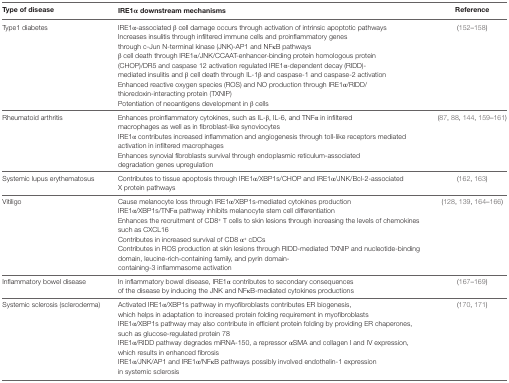
<table><thead><tr><td><b>Type of disease</b></td><td><b>IRE1α downstream mechanisms</b></td><td><b>Reference</b></td></tr></thead><tbody><tr><td>Type1 diabetes</td><td>IRE1α-associated β cell damage occurs through activation of intrinsic apoptotic pathwaysIncreases insulitis through infiltered immune cells and proinflammatory genes through c-Jun N-terminal kinase (JNK)-AP1 and NFκB pathwaysβ cell death through IRE1α/JNK/CCAAT-enhancer-binding protein homologous protein (CHOP)/DR5 and caspase 12 activation regulated IRE1α-dependent decay (RIDD)-mediated insulitis and β cell death through IL-1β and caspase-1 and caspase-2 activationEnhanced reactive oxygen species (ROS) and NO production through IRE1α/RIDD/thioredoxin-interacting protein (TXNIP)Potentiation of neoantigens development in β cells</td><td>(152–158)</td></tr><tr><td>Rheumatoid arthritis</td><td>Enhances proinflammatory cytokines, such as IL-β, IL-6, and TNFα in infiltered macrophages as well as in fibroblast-like synoviocytesIRE1α contributes increased inflammation and angiogenesis through toll-like receptors mediated activation in infiltered macrophagesEnhances synovial fibroblasts survival through endoplasmic reticulum-associated degradation genes upregulation</td><td>(87, 88, 144, 159–161)</td></tr><tr><td>Systemic lupus erythematosus</td><td>Contributes to tissue apoptosis through IRE1α/XBP1s/CHOP and IRE1α/JNK/Bcl-2-associated X protein pathways</td><td>(162, 163)</td></tr><tr><td>Vitiligo</td><td>Cause melanocyte loss through IRE1α/XBP1s-mediated cytokines productionIRE1α/XBP1s/TNFα pathway inhibits melanocyte stem cell differentiationEnhances the recruitment of CD8<sup>+</sup> T cells to skin lesions through increasing the levels of chemokines such as CXCL16Contributes in increased survival of CD8 α<sup>+</sup> cDCsContributes in ROS production at skin lesions through RIDD-mediated TXNIP and nucleotide-binding domain, leucine-rich-containing family, and pyrin domain-containing-3 inflammasome activation</td><td>(128, 139, 164–166)</td></tr><tr><td>Inflammatory bowel disease</td><td>In inflammatory bowel disease, IRE1α contributes to secondary consequences of the disease by inducing the JNK and NFκB-mediated cytokines productions</td><td>(167–169)</td></tr><tr><td>Systemic sclerosis (scleroderma)</td><td>Activated IRE1α/XBP1s pathway in myofibroblasts contributes ER biogenesis, which helps in adaptation to increased protein folding requirement in myofibroblastsIRE1α/XBP1s pathway may also contribute in efficient protein folding by providing ER chaperones, such as glucose-regulated protein 78IRE1α/RIDD pathway degrades miRNA-150, a repressor αSMA and collagen I and IV expression, which results in enhanced fibrosisIRE1α/JNK/AP1 and IRE1α/NFκB pathways possibly involved endothelin-1 expression in systemic sclerosis</td><td>(170, 171)</td></tr></tbody></table>